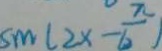
s m ( 2 x - \frac { \pi } { 6 } )